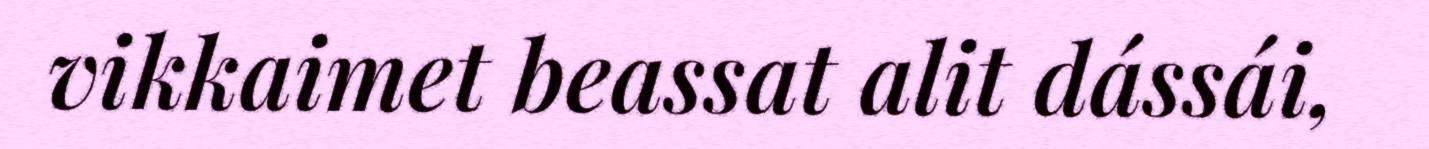
vikkaimet beassat alit dássái,